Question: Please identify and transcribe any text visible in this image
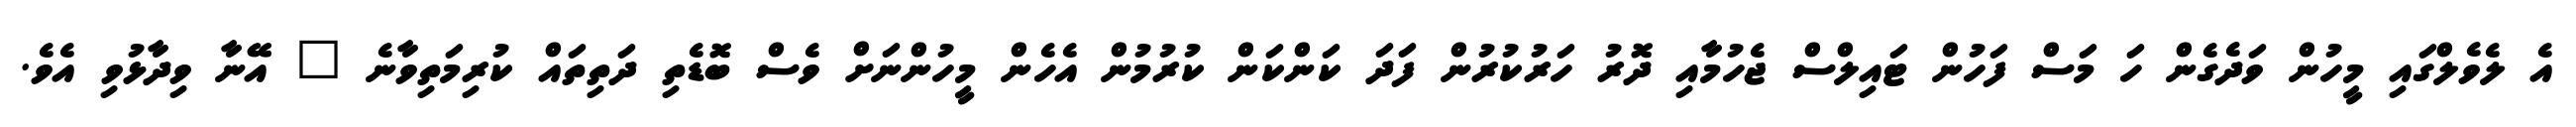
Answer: އެ ލެވެލްގައި މީހުން ވަދެގެން ހަ މަސް ފަހުން ޓައިލްސް ޖެހުމާއި ދޮރު ހަރުކުރުން ފަދަ ކަންކަން ކުރުމުން އެހެން މީހުންނަށް ވެސް ބޮޑެތި ދަތިތައް ކުރިމަތިވާނެ " އޭނާ ވިދާޅުވި އެވެ.